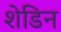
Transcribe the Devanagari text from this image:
शेडिन